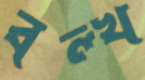
বল্খ